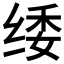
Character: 𮉫